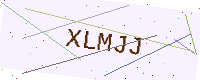
Text: XLMJJ